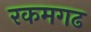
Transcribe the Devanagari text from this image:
रकमगढ